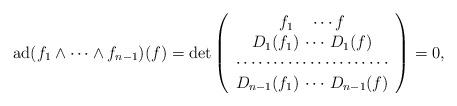
LaTeX: \begin{align*}\hbox{ad}(f_1\wedge\cdots\wedge f_{n-1})(f) =\hbox{det}\left( \begin{array}{cc} f_1\quad\cdots f\\ D_1(f_1)\, \cdots \,D_1(f) \\ \cdots\cdots\cdots\cdots\cdots\cdots \cdots \\ D_{n-1}(f_1)\, \cdots \,D_{n-1}(f) \\ \end{array}\right)=0,\end{align*}